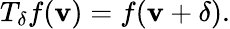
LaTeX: T_{\mathbf{\delta}}f(\mathbf{v})=f(\mathbf{v}+\mathbf{\delta}).